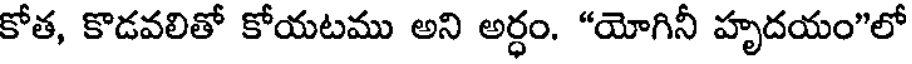
కోత, కొడవలితో కోయటము అని అర్ధం. "యోగినీ హృదయం"లో